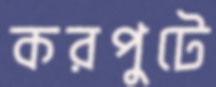
করপুটে